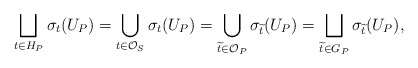
\begin{align*} \bigsqcup_{t\in H_P} \sigma_t(U_P) = \bigcup_{t\in \mathcal{O}_S} \sigma_t(U_P) = \bigcup_{\widetilde{t}\in \mathcal{O}_P} \sigma_{\widetilde{t}}(U_P) = \bigsqcup_{\widetilde{t}\in G_P} \sigma_{\widetilde{t}}(U_P), \end{align*}